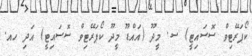
ކޯޕަރޭޓިވް ސޮސައިޓީ) ސ. މީދޫ (އައްޑޫ މީދޫ ކޯޕަރޭޓިވް ސޮސައިޓީ) އަދި ހއ.